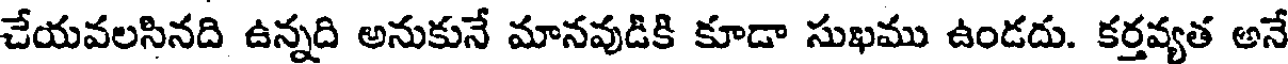
చేయవలసినది ఉన్నది అనుకునే మానవుడికి కూడా సుఖము ఉండదు. కర్తవ్యత అనే